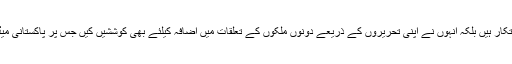
انہوں نے کہا کہ وہ نہ صرف ایک تجربہ کار سفارتکار ہیں بلکہ انہوں نے اپنی تحریروں کے ذریعے دونوں ملکوں کے تعلقات میں اضافہ کیلئے بھی کوششیں کیں جس پر پاکستانی میڈیا نے انہیں ممتاز سفارتکار کے خطاب سے نوازا۔